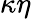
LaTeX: \kappa\eta